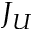
J _ { U }